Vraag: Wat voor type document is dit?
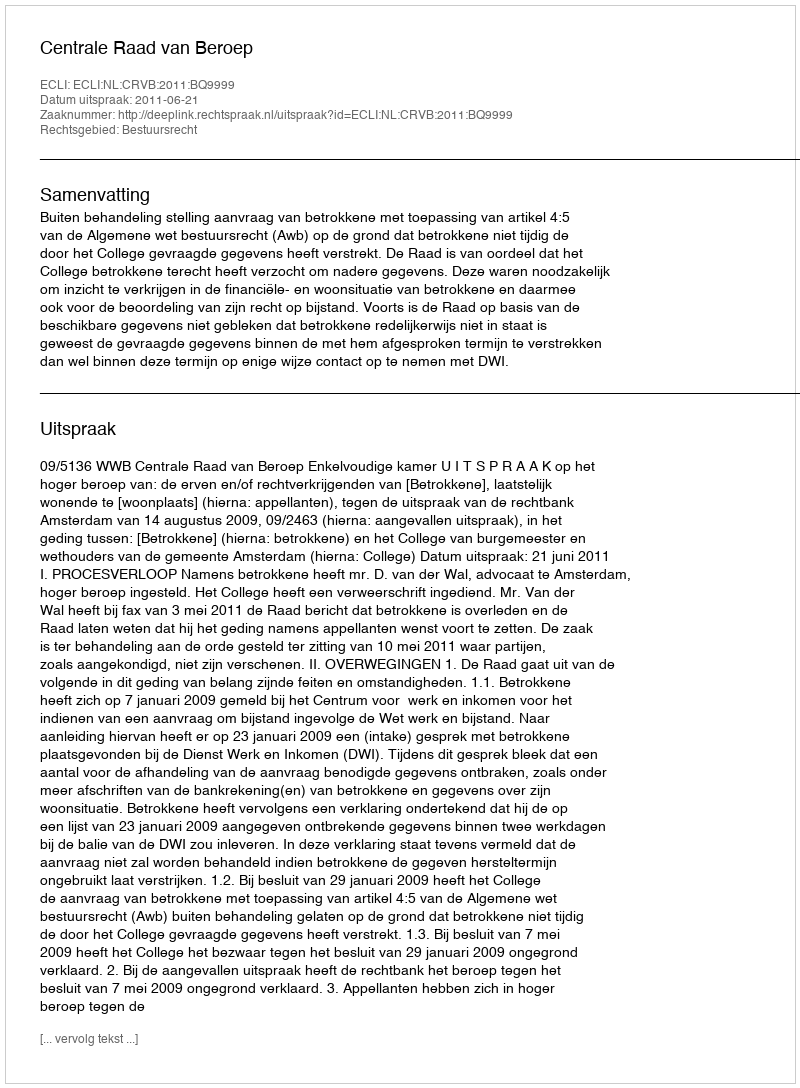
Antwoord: Uitspraak